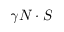
\gamma N \cdot S